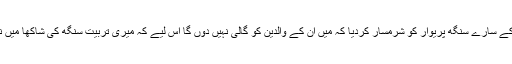
انہوں یہ کہہ کے سارے سنگھ پریوار کو شرمسار کردیا کہ میں ان کے والدین کو گالی نہیں دوں گا اس لیے کہ میری تربیت سنگھ کی شاکھا میں نہیں ہوئی ہے۔